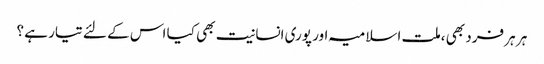
ہر ہر فرد بھی ،ملت اسلامیہ اور پوری انسانیت بھی کیا اس کے لئے تیار ہے ؟